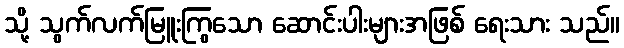
သို့ သွက်လက်မြူးကြွသော ဆောင်းပါးများအဖြစ် ရေးသား သည်။